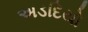
અડદિયો